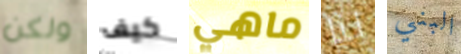
ولكن كيف ماهي لنا البني